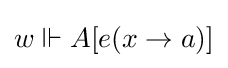
w\Vdash A[e(x\to a)]